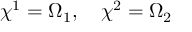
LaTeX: \chi ^ { 1 } = \Omega _ { 1 } , ~ ~ ~ \chi ^ { 2 } = \Omega _ { 2 }